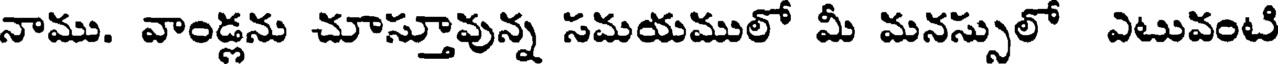
నాము. వాండ్లను చూస్తూవున్న సమయములో మీ మనస్సులో ఎటువంటి